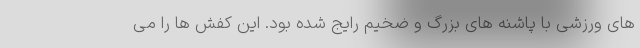
های ورزشی با پاشنه های بزرگ و ضخیم رایج شده بود. این کفش ها را می